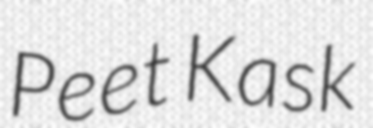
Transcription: Peet Kask